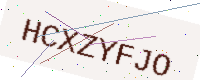
Text: HCXZYFJO